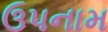
ઉપનામ